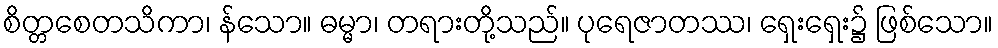
စိတ္တစေတသိကာ၊ န်သော။ ဓမ္မာ၊ တရားတို့သည်။ ပုရေဇာတဿ၊ ရှေးရှေး၌ ဖြစ်သော။